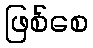
ဖြစ်စေ